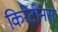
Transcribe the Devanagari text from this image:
किरेटोनस